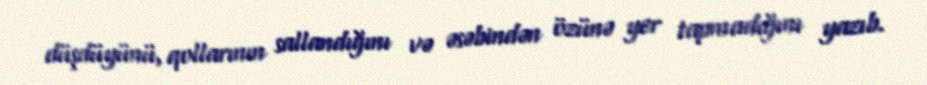
düşdüyünü, qollarının sallandığını və əsəbindən özünə yer tapmadığını yazıb.